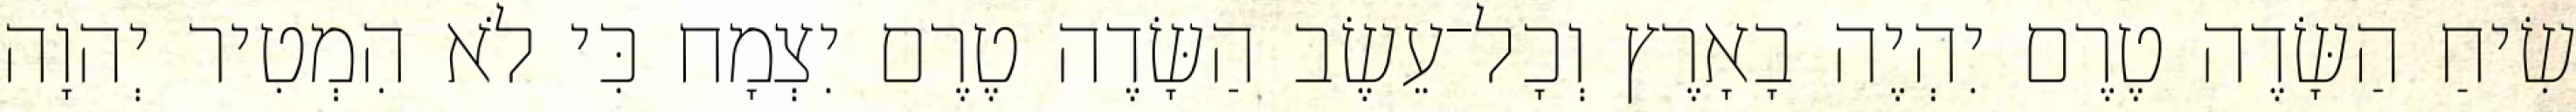
שִׂיחַ הַשָּׂדֶה טֶרֶם יִהְיֶה בָאָרֶץ וְכָל־עֵשֶׂב הַשָּׂדֶה טֶרֶם יִצְמָח כִּי לֹא הִמְטִיר יְהוָה